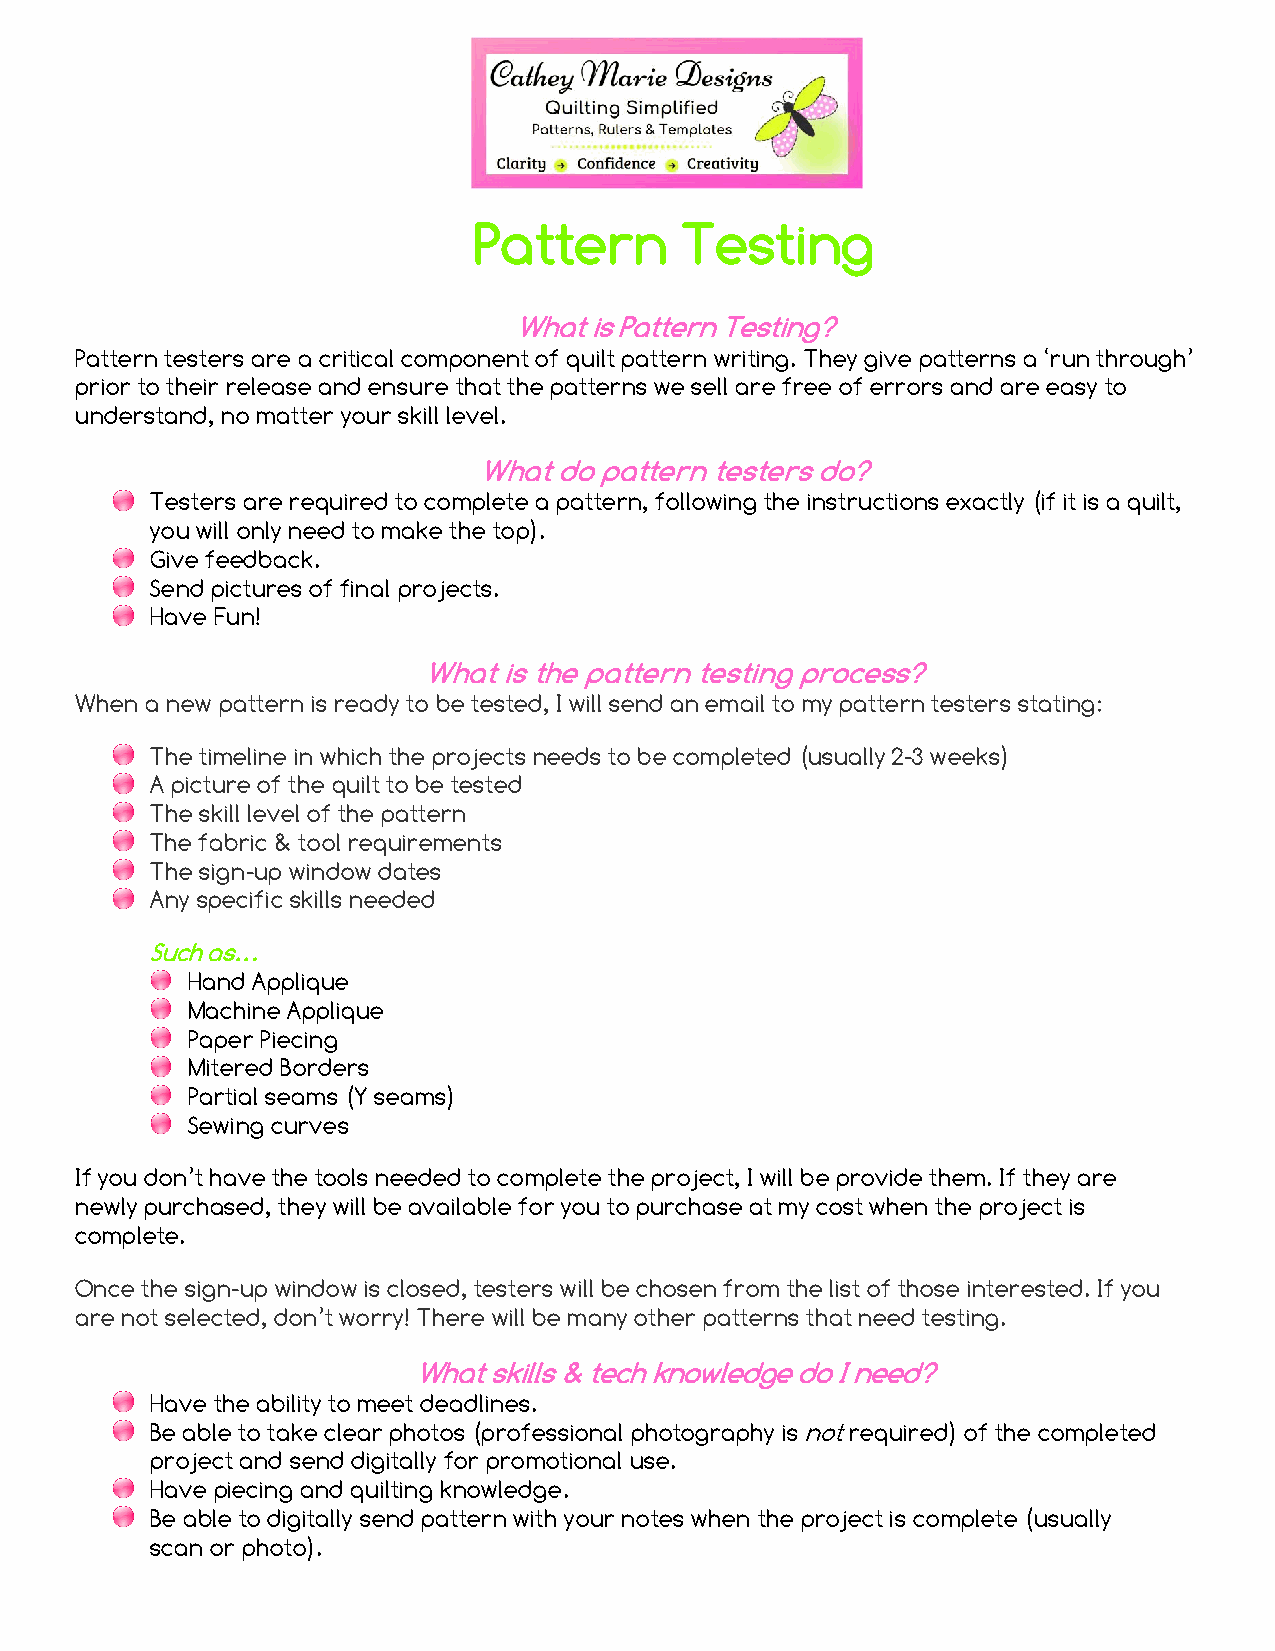
Pattern       Testing
 What is Pattern Testing?
 Pattern testers are a critical component of quilt pattern writing. They give patterns a ‘run through’
 prior to their release and ensure that the patterns we sell are free of errors and are easy to
 understand, no matter your skill level.
 What do pattern testers do?
 Testers are required to complete a pattern, following the instructions exactly (if it is a quilt,
 you will only need to make the top).
 Give feedback.
 Send pictures of final projects.
 Have Fun!
 What is the pattern testing process?
 When a new pattern is ready to be tested, I will send an email to my pattern testers stating:
 The timeline in which the projects needs to be completed (usually 2-3 weeks)
 A picture of the quilt to be tested
 The skill level of the pattern
 The fabric & tool requirements
 The sign-up window dates
 Any specific skills needed
 Such as…
 Hand Applique
 Machine Applique
 Paper Piecing
 Mitered Borders
 Partial seams (Y seams)
 Sewing curves
 If you don’t have the tools needed to complete the project, I will be provide them. If they are
 newly purchased, they will be available for you to purchase at my cost when the project is
 complete.
 Once the sign-up window is closed, testers will be chosen from the list of those interested. If you
 are not selected, don’t worry! There will be many other patterns that need testing.
 What skills & tech knowledge do I need?
 Have the ability to meet deadlines.
 Be able to take clear photos (professional photography is not required) of the completed
 project and send digitally for promotional use.
 Have piecing and quilting knowledge.
 Be able to digitally send pattern with your notes when the project is complete (usually
 scan or photo).